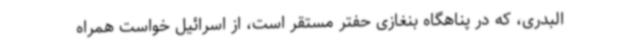
البدری، که در پناهگاه بنغازی حفتر مستقر است، از اسرائیل خواست همراه